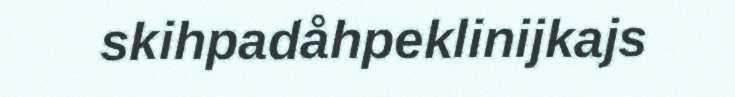
skihpadåhpeklinijkajs